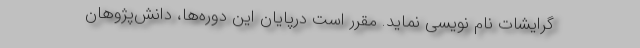
گرایشات نام نویسی نماید. مقرر است درپایان این دوره‌ها، دانش‌پژوهان